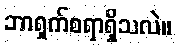
ဘာရှက်စရာရှိသလဲ။